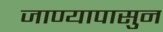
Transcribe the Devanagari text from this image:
जाण्यापासुन